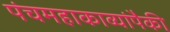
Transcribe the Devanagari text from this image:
पंचमहाकाव्यांपैकी